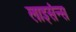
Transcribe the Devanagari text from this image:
लाइसंन्स